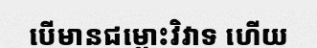
បើមានជម្លោះវិវាទ ហើយ